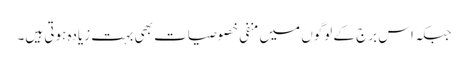
جبکہ اس برج کے لوگوں میں منفی خصوصیات بھی بہت زیادہ ہوتی ہیں۔